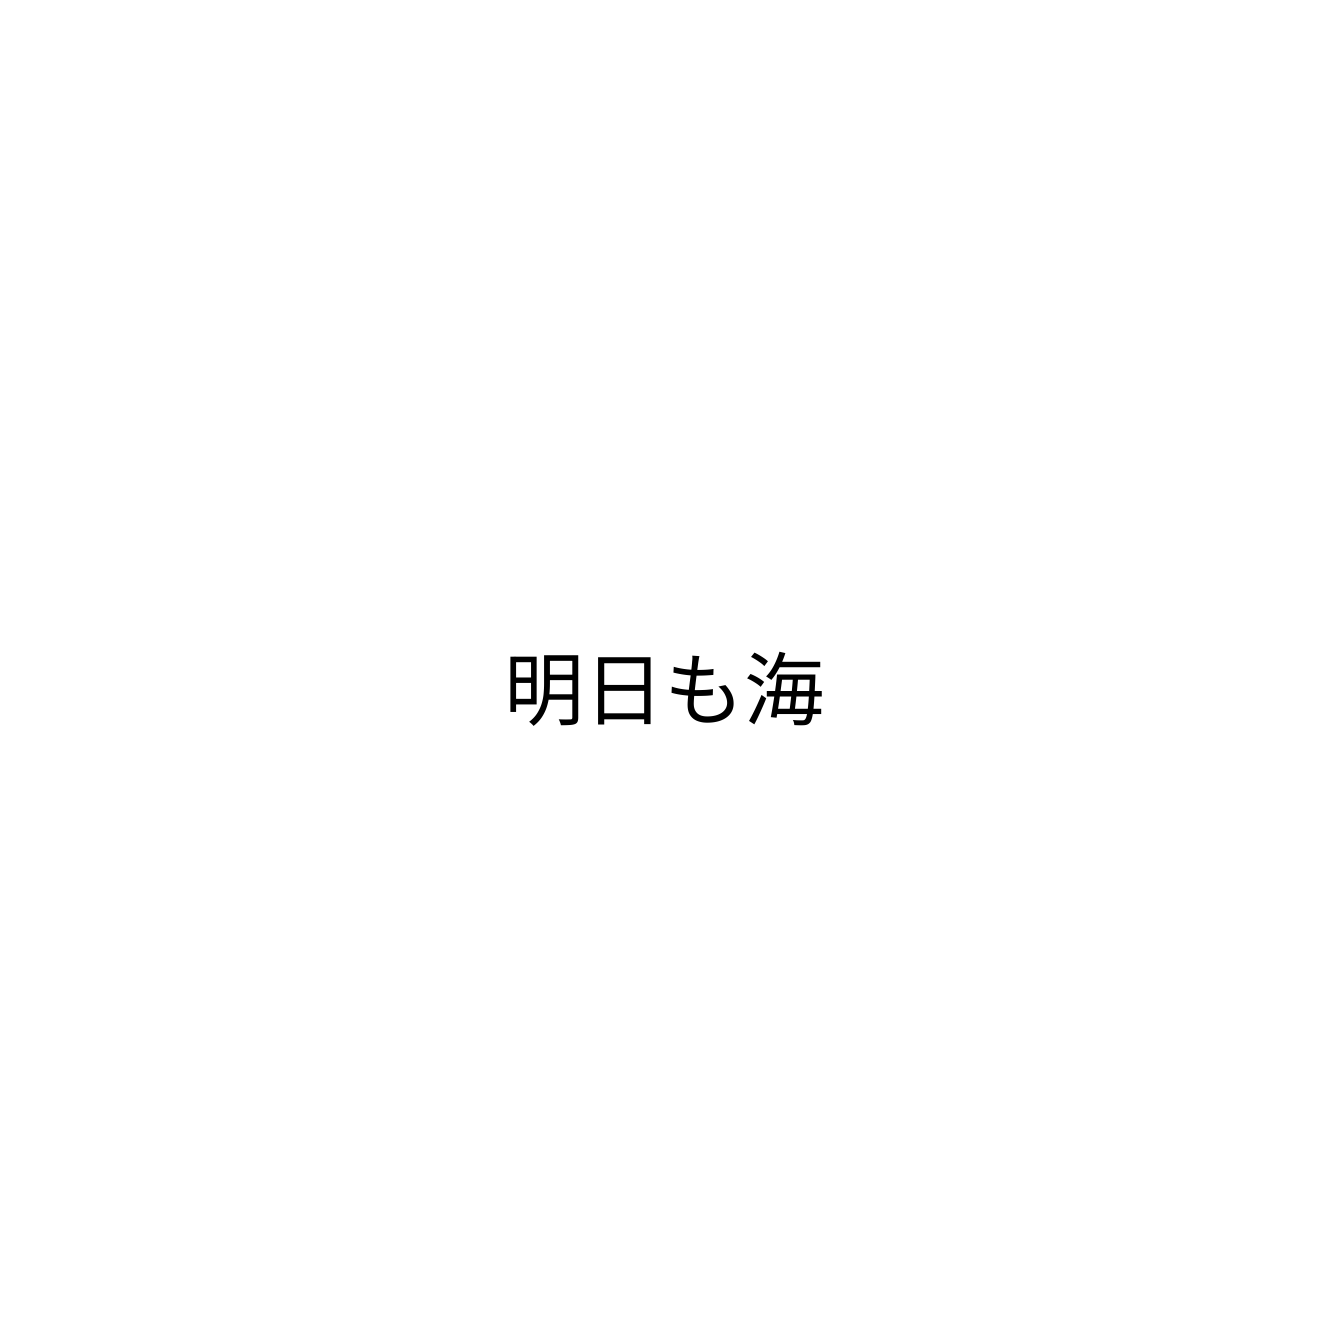
明日も海